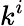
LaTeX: k^{i}